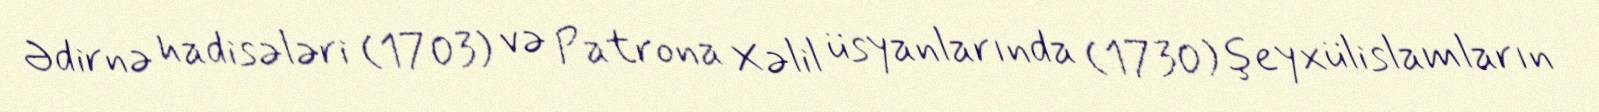
Ədirnə hadisələri (1703) və Patrona Xəlil üsyanlarında (1730) şeyxülislamların